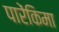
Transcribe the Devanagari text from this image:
पारेंकिमा